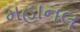
મહાનલ